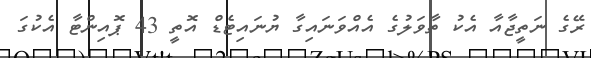
ރޭގެ ނަތީޖާއާ އެކު ތާވަލުގެ އެއްވަނައިގާ ޔުނައިޓެޑް އޮތީ 43 ޕޮއިންޓާ އެކުގަ